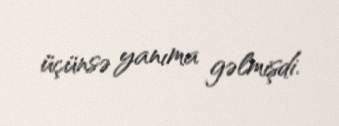
üçünsə yanıma gəlmişdi.